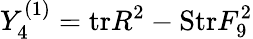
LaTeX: Y_{4}^{(1)}=\mathrm{tr}R^{2}-\mathrm{Str}F_{9}^{2}